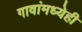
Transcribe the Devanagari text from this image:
गावांमध्येही